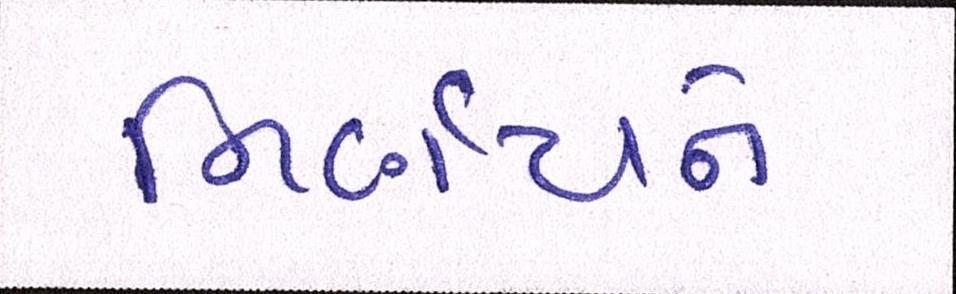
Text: નિર્ણયને